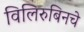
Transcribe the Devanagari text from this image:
विलिरुबिनचे